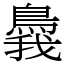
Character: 䳗